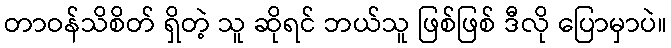
တာဝန်သိစိတ် ရှိတဲ့ သူ ဆိုရင် ဘယ်သူ ဖြစ်ဖြစ် ဒီလို ပြောမှာပဲ။